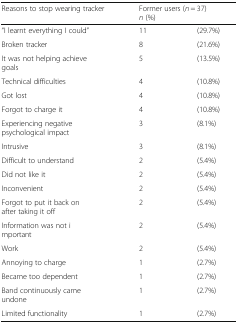
| Reasons to stop wearing tracker | <COLSPAN=2> Former users (n = 37)n (%) |
 | --- | --- | --- |
 | “I learnt everything I could” | 11 | (29.7%) |
 | Broken tracker | 8 | (21.6%) |
 | It was not helping achieve goals | 5 | (13.5%) |
 | Technical difficulties | 4 | (10.8%) |
 | Got lost | 4 | (10.8%) |
 | Forgot to charge it | 4 | (10.8%) |
 | Experiencing negative psychological impact | 3 | (8.1%) |
 | Intrusive | 3 | (8.1%) |
 | Difficult to understand | 2 | (5.4%) |
 | Did not like it | 2 | (5.4%) |
 | Inconvenient | 2 | (5.4%) |
 | Forgot to put it back on after taking it off | 2 | (5.4%) |
 | Information was not important | 2 | (5.4%) |
 | Work | 2 | (5.4%) |
 | Annoying to charge | 1 | (2.7%) |
 | Became too dependent | 1 | (2.7%) |
 | Band continuously came undone | 1 | (2.7%) |
 | Limited functionality | 1 | (2.7%) |